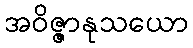
အဝိဇ္ဇာနုသယော